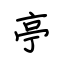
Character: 亭